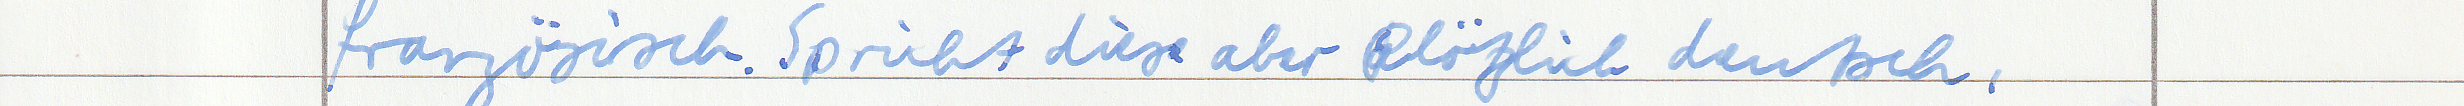
französisch. Spricht diese aber plötzlich deutsch,